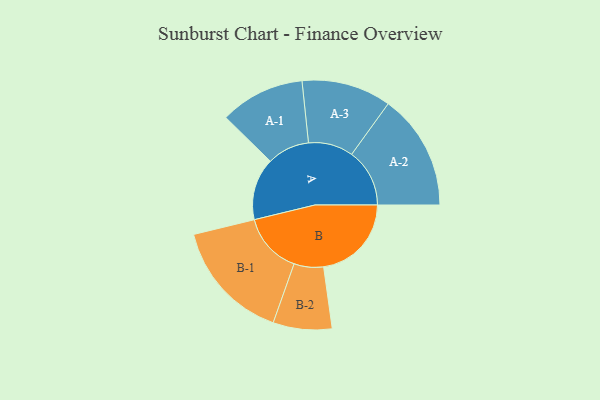
{"axis": {"x": "Segment", "y": "Value"}, "legend": ["", "A", "B"], "data": [{"x": "A", "y": 283, "type": ""}, {"x": "B", "y": 400, "type": ""}, {"x": "A-1", "y": 193, "type": "A"}, {"x": "A-2", "y": 264, "type": "A"}, {"x": "A-3", "y": 204, "type": "A"}, {"x": "B-1", "y": 277, "type": "B"}, {"x": "B-2", "y": 134, "type": "B"}]}